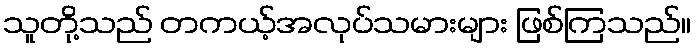
သူတို့သည် တကယ့်အလုပ်သမားများ ဖြစ်ကြသည်။